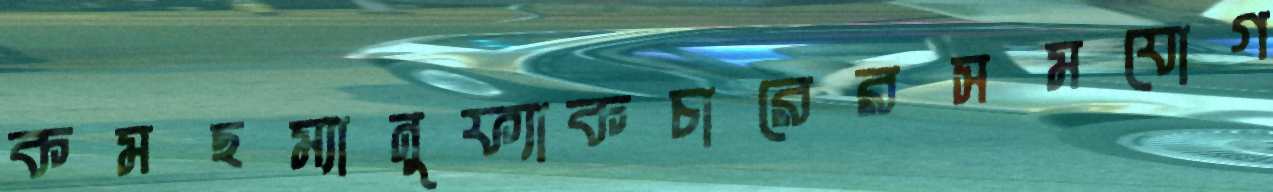
কমছম্যানুফ্যাকচারেরসমযোগ